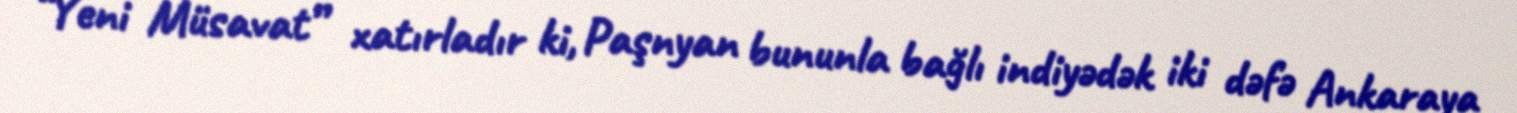
“Yeni Müsavat” xatırladır ki, Paşnyan bununla bağlı indiyədək iki dəfə Ankaraya